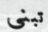
تبنى